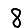
Digit: 8